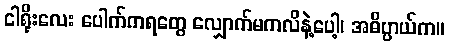
ငါရိုးလေး ပေါက်ကရတွေ လျှောက်မကလိနဲ့ပေါ့၊ အဓိပ္ပာယ်က။